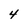
Character: 4